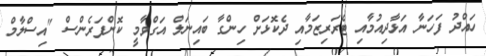
ހައްދު ފަހަނާ އަޅާދިއުމާއި ޓެރަރިޒަމާއި ދެކޮޅަށް ހިންގާ ބައިނަލް އަގްވާމީ ކޮންފަރެންސް "އިސްލާމް